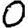
Digit: 0